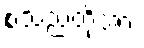
စသည်တို့အား